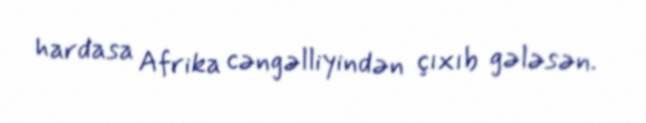
hardasa Afrika cəngəlliyindən çıxıb gələsən.